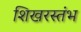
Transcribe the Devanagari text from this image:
शिखरस्तंभ